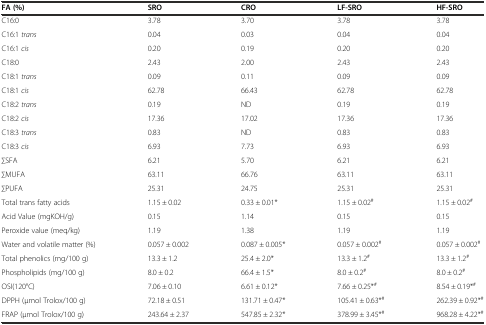
<table><thead><tr><td><b>FA (%)</b></td><td><b>SRO</b></td><td><b>CRO</b></td><td><b>LF-SRO</b></td><td><b>HF-SRO</b></td></tr></thead><tbody><tr><td>C16:0</td><td>3.78</td><td>3.70</td><td>3.78</td><td>3.78</td></tr><tr><td>C16:1 <i>trans</i></td><td>0.04</td><td>0.03</td><td>0.04</td><td>0.04</td></tr><tr><td>C16:1 <i>cis</i></td><td>0.20</td><td>0.19</td><td>0.20</td><td>0.20</td></tr><tr><td>C18:0</td><td>2.43</td><td>2.00</td><td>2.43</td><td>2.43</td></tr><tr><td>C18:1 <i>trans</i></td><td>0.09</td><td>0.11</td><td>0.09</td><td>0.09</td></tr><tr><td>C18:1 <i>cis</i></td><td>62.78</td><td>66.43</td><td>62.78</td><td>62.78</td></tr><tr><td>C18:2 <i>trans</i></td><td>0.19</td><td>ND</td><td>0.19</td><td>0.19</td></tr><tr><td>C18:2 <i>cis</i></td><td>17.36</td><td>17.02</td><td>17.36</td><td>17.36</td></tr><tr><td>C18:3 <i>trans</i></td><td>0.83</td><td>ND</td><td>0.83</td><td>0.83</td></tr><tr><td>C18:3 <i>cis</i></td><td>6.93</td><td>7.73</td><td>6.93</td><td>6.93</td></tr><tr><td>∑SFA</td><td>6.21</td><td>5.70</td><td>6.21</td><td>6.21</td></tr><tr><td>∑MUFA</td><td>63.11</td><td>66.76</td><td>63.11</td><td>63.11</td></tr><tr><td>∑PUFA</td><td>25.31</td><td>24.75</td><td>25.31</td><td>25.31</td></tr><tr><td>Total trans fatty acids</td><td>1.15 ± 0.02</td><td>0.33 ± 0.01*</td><td>1.15 ± 0.02<sup>#</sup></td><td>1.15 ± 0.02<sup>#</sup></td></tr><tr><td>Acid Value (mgKOH/g)</td><td>0.15</td><td>1.14</td><td>0.15</td><td>0.15</td></tr><tr><td>Peroxide value (meq/kg)</td><td>1.19</td><td>1.38</td><td>1.19</td><td>1.19</td></tr><tr><td>Water and volatile matter (%)</td><td>0.057 ± 0.002</td><td>0.087 ± 0.005*</td><td>0.057 ± 0.002<sup>#</sup></td><td>0.057 ± 0.002<sup>#</sup></td></tr><tr><td>Total phenolics (mg/100 g)</td><td>13.3 ± 1.2</td><td>25.4 ± 2.0*</td><td>13.3 ± 1.2<sup>#</sup></td><td>13.3 ± 1.2<sup>#</sup></td></tr><tr><td>Phospholipids (mg/100 g)</td><td>8.0 ± 0.2</td><td>66.4 ± 1.5*</td><td>8.0 ± 0.2<sup>#</sup></td><td>8.0 ± 0.2<sup>#</sup></td></tr><tr><td>OSI(120°C)</td><td>7.06 ± 0.10</td><td>6.61 ± 0.12*</td><td>7.66 ± 0.25*<sup>#</sup></td><td>8.54 ± 0.19*<sup>#</sup></td></tr><tr><td>DPPH (μmol Trolox/100 g)</td><td>72.18 ± 0.51</td><td>131.71 ± 0.47*</td><td>105.41 ± 0.63*<sup>#</sup></td><td>262.39 ± 0.92*<sup>#</sup></td></tr><tr><td>FRAP (μmol Trolox/100 g)</td><td>243.64 ± 2.37</td><td>547.85 ± 2.32*</td><td>378.99 ± 3.45*<sup>#</sup></td><td>968.28 ± 4.22*<sup>#</sup></td></tr></tbody></table>